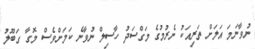
ނުވާނަމަ އަލަށް ތަރިއަކު ނެރުމުގެ މަގްސަދު ހާސިލް ނުވާނެ ކަމަށްވެސް މޮގާ ގަބޫލު